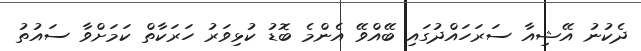
ދެކުނު އޭޝިއާ ސަރަހައްދުގައި ބޭއްވޭ އެންމެ ބޮޑު ކުޅިވަރު ހަރަކާތް ކަމަށްވާ ސައުތު